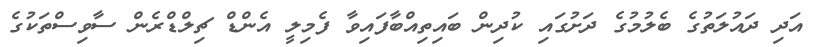
އަދި ދައުލަތުގެ ބެލުމުގެ ދަށުގައި ކުދިން ބައިތިއްބާފައިވާ ފެމިލީ އެންޑް ޗިލްޑްރެން ސާވިސްތަކުގެ